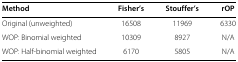
| Method | Fisher’s | Stouffer’s | rOP |
 | --- | --- | --- | --- |
 | Original (unweighted) | 16508 | 11969 | 6330 |
 | WOP: Binomial weighted | 10309 | 8927 | N/A |
 | WOP: Half-binomial weighted | 6170 | 5805 | N/A |